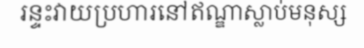
រន្ទះវាយប្រហារនៅឥណ្ឌាស្លាប់មនុស្ស